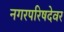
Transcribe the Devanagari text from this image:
नगरपरिषदेवर